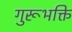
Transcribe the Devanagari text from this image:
गुरूभक्ति